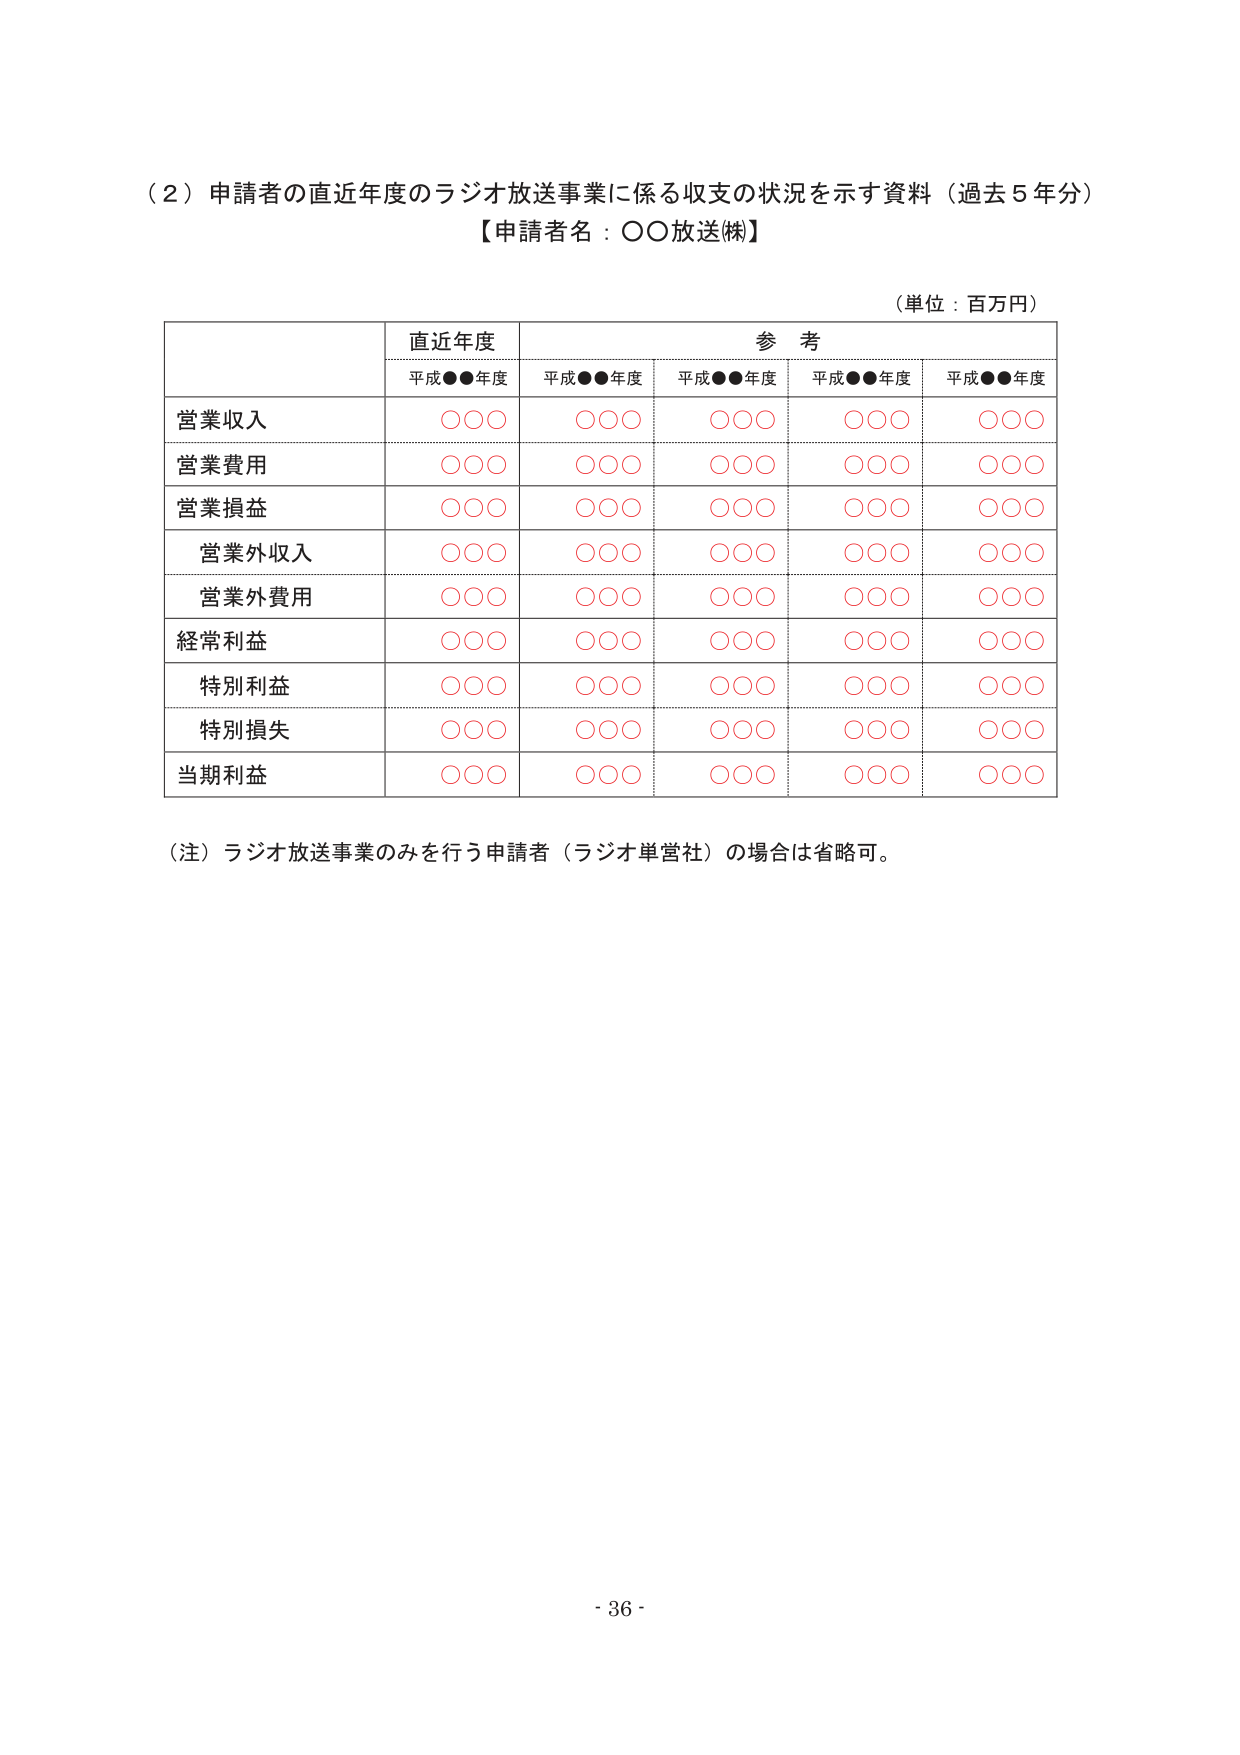
（２）申請者の直近年度のラジオ放送事業に係る収支の状況を示す資料（過去５年分）
【申請者名：○○放送㈱】

（単位：百万円）

| | 直近年度 | 参考 | | | |
|---|---|---|---|---|---|
| | 平成●●年度 | 平成●●年度 | 平成●●年度 | 平成●●年度 | 平成●●年度 |
| 営業収入 | ○○○ | ○○○ | ○○○ | ○○○ | ○○○ |
| 営業費用 | ○○○ | ○○○ | ○○○ | ○○○ | ○○○ |
| 営業損益 | ○○○ | ○○○ | ○○○ | ○○○ | ○○○ |
| 営業外収入 | ○○○ | ○○○ | ○○○ | ○○○ | ○○○ |
| 営業外費用 | ○○○ | ○○○ | ○○○ | ○○○ | ○○○ |
| 経常利益 | ○○○ | ○○○ | ○○○ | ○○○ | ○○○ |
| 特別利益 | ○○○ | ○○○ | ○○○ | ○○○ | ○○○ |
| 特別損失 | ○○○ | ○○○ | ○○○ | ○○○ | ○○○ |
| 当期利益 | ○○○ | ○○○ | ○○○ | ○○○ | ○○○ |

（注）ラジオ放送事業のみを行う申請者（ラジオ単営社）の場合は省略可。

- 36 -